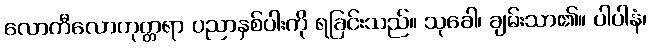
လောကီလောကုတ္တရာ ပညာနှစ်ပါးကို ရခြင်းသည်။ သုခေါ၊ ချမ်းသာ၏။ ပါပါနံ၊